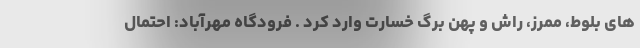
های بلوط، ممرز، راش و پهن برگ خسارت وارد کرد . فرودگاه مهرآباد: احتمال